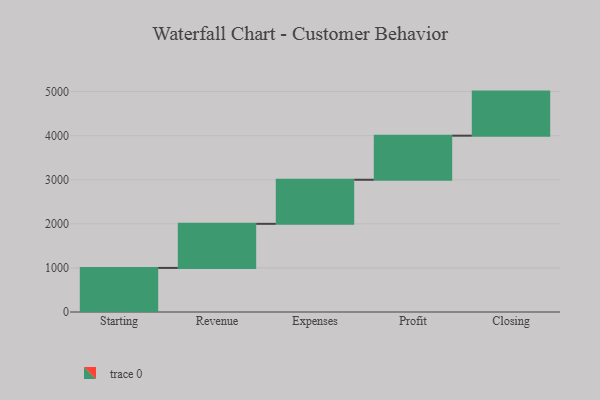
{"axis": {"x": "Step", "y": "Value"}, "legend": [""], "data": [{"x": "Starting", "y": 1000, "type": ""}, {"x": "Revenue", "y": 1000, "type": ""}, {"x": "Expenses", "y": 1000, "type": ""}, {"x": "Profit", "y": 1000, "type": ""}, {"x": "Closing", "y": 1000, "type": ""}]}